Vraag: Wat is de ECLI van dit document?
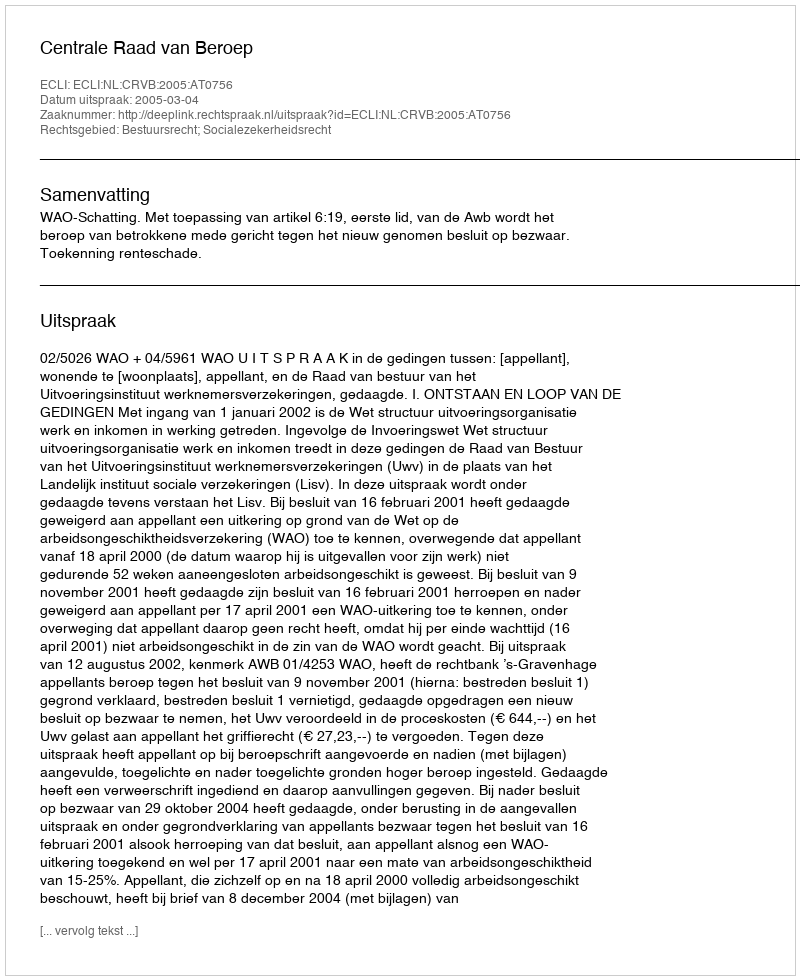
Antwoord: ECLI:NL:CRVB:2005:AT0756